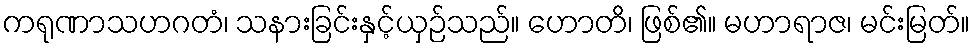
ကရုဏာသဟဂတံ၊ သနားခြင်းနှင့်ယှဉ်သည်။ ဟောတိ၊ ဖြစ်၏။ မဟာရာဇ၊ မင်းမြတ်။